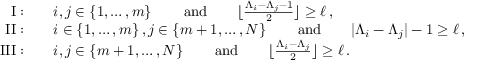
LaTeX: \begin{array} { r l } { { \mathrm { { I } } : } } & { { \quad i , j \in \{ 1 , \dots , m \} \, \qquad { \mathrm { a n d } } \qquad \lfloor \frac { \Lambda _ { i } - \Lambda _ { j } - 1 } { 2 } \rfloor \geq \ell \, , } } \\ { { \mathrm { { I I } } : } } & { { \quad i \in \{ 1 , \dots , m \} \, , j \in \{ m + 1 , \dots , N \} \, \qquad { \mathrm { a n d } } \qquad | \Lambda _ { i } - \Lambda _ { j } | - 1 \geq \ell \, , } } \\ { { \mathrm { { I I I } } : } } & { { \quad i , j \in \{ m + 1 , \dots , N \} \, \qquad { \mathrm { a n d } } \qquad \lfloor \frac { \Lambda _ { i } - \Lambda _ { j } } { 2 } \rfloor \geq \ell \, . } } \end{array}